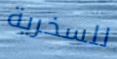
للسخرية